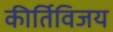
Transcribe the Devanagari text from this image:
कीर्तिविजय